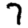
Digit: 7